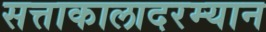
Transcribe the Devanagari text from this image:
सत्ताकालादरम्यान